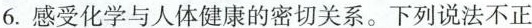
6.感受化学与人体健康的密切关系。下列说法不正